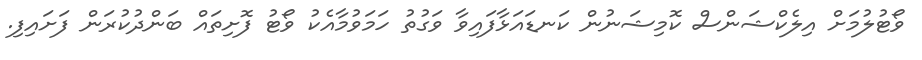
ވޯޓުލުމަށް އިލެކްޝަންސް ކޮމިޝަނުން ކަނޑައަޅާފައިވާ ވަގުތު ހަމަވުމާއެކު ވޯޓު ފޮށިތައް ބަންދުކުރަން ފަށައިފި.